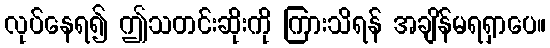
လုပ်နေရ၍ ဤသတင်းဆိုးကို ကြားသိရန် အချိန်မရရှာပေ။